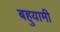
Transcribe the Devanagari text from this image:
बहुयामी